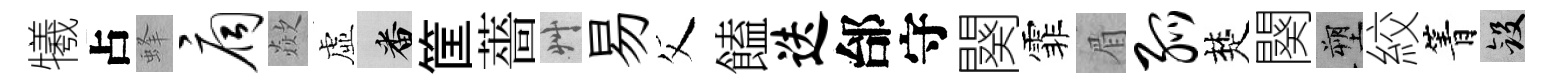
犧占蜂扃歘虛番筐薔艸易父饁迭邰守闋霏眉弧楚闋塑絞箐斂